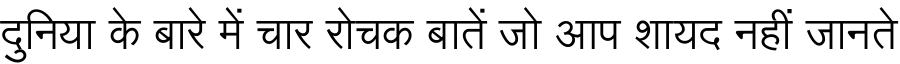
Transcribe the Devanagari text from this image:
दुनिया के बारे में चार रोचक बातें जो आप शायद नहीं जानते